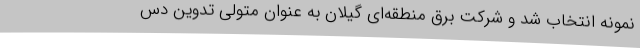
نمونه انتخاب شد و شرکت برق منطقه‌ای گیلان به عنوان متولی تدوین دس